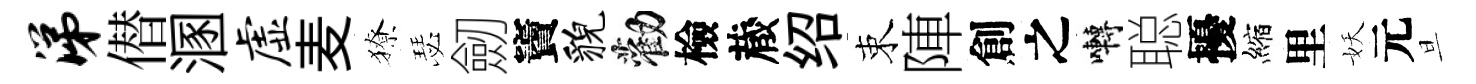
涕僣溷虚麦獠瑟劒竇貌勸檢蔵绍束陣創之囀聪擾縮里妖元旦